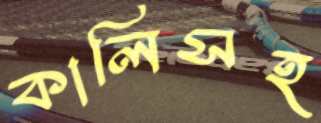
কালিসহ